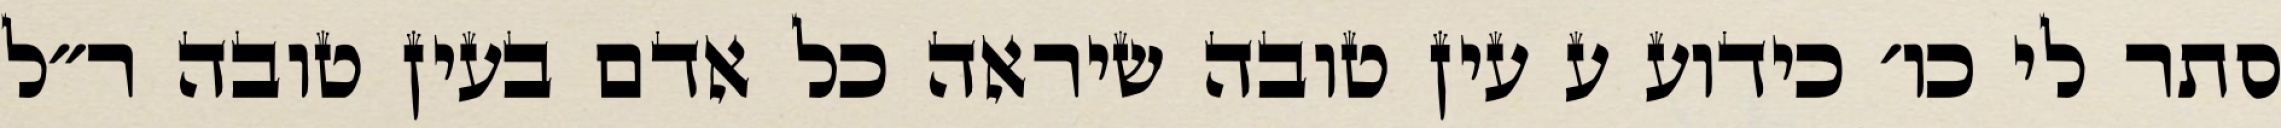
סתר לי כו׳ כידוע ע עין טובה שיראה כל אדם בעין טובה ר״ל